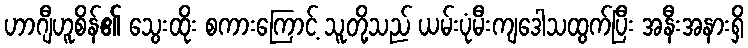
ဟာဂျီဟူစိန်၏ သွေးထိုး စကားကြောင့် သူတို့သည် ယမ်းပုံမီးကျဒေါသထွက်ပြီး အနီးအနားရှိ